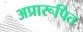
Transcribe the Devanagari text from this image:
अप्रारूपित